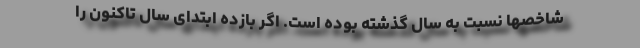
شاخصها نسبت به سال گذشته بوده است. اگر بازده ابتدای سال تاکنون را